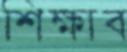
শিক্ষাব